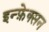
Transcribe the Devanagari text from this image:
इन्फ़ेक्सन